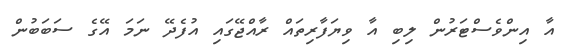
އާ އިންވެސްޓަރުން ލިބި އާ ވިޔަފާރިތައް ރާއްޖޭގައި އުފެދޭ ނަމަ އޭގެ ސަބަބުން